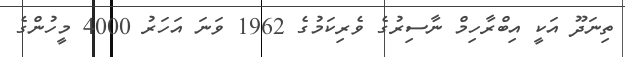
ތިނަދޫ އަކީ އިބްރާހިމް ނާސިރުގެ ވެރިކަމުގެ 1962 ވަނަ އަހަރު 4000 މީހުންގެ